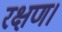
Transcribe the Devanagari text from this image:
रक्षण।